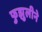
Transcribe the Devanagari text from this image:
फुझुलीने